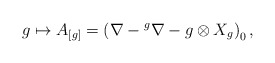
\begin{align*}g \mapsto A_{[g]}=\left(\nabla-{}^g\nabla-g\otimes X_g\right)_0,\end{align*}